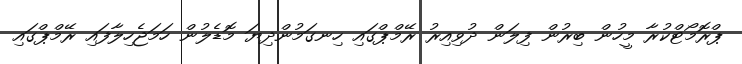
ޕްރޮމޯޓްކުރާ މީހުން ބިރުން ފިލަން ދުވިއިރު ރޭމްޕްގައި ހިނގަމުންދިޔަ މޮޑެލުން ހަމަޖެހިލާފައި ރޭމްޕްގައި